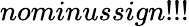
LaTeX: nominussign!!!